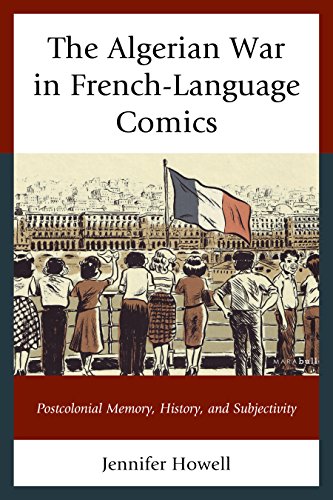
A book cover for The Algerian War in French-Language Comics: Postcolonial Memory, History, and Subjectivity (After the Empire: The Francophone World and Postcolonial France); Jennifer Howell; Comics & Graphic Novels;